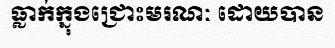
ធ្លាក់ក្នុងជ្រោះមរណៈ ដោយបាន